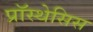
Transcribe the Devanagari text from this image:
प्रॉस्थेसिस